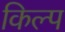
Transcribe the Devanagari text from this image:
किल्प